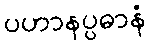
ပဟာနပ္ပဓာနံ